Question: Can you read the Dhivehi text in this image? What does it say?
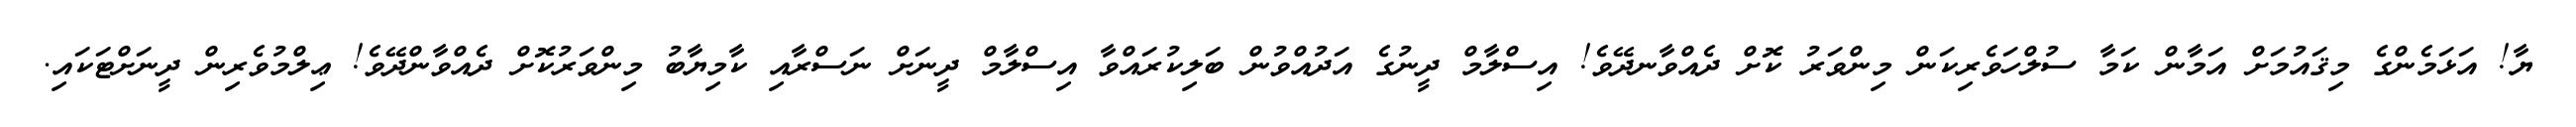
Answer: ޔާ! އަޅަމެންގެ މިޤައުމަށް އަމާން ކަމާ ސުލްހަވެރިކަން މިންވަރު ކޮށް ދެއްވާނދޭވެ! އިސްލާމް ދީނުގެ އަދުއްވުން ބަލިކުރައްވާ އިސްލާމް ދީނަށް ނަސްރާއި ކާމިޔާބު މިންވަރުކޮށް ދެއްވާންދޭވެ! ޢިލްމުވެރިން ދީނަށްޓަކައި.